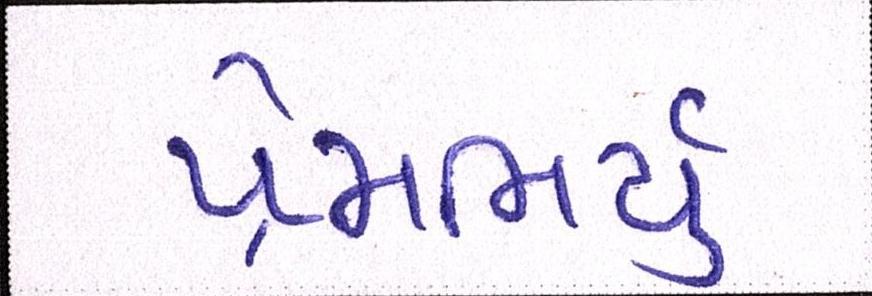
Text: પ્રેમભર્યું